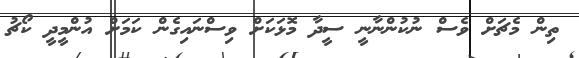
ތިން މެޗަށް ވެސް ނުކުންނާނީ ސީދާ މޮޅަކަށް ވިސްނައިގެން ކަމަށް އުންމީދީ ކޯޗު